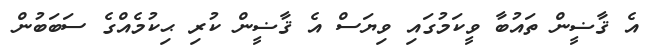
އެ ޤާޟީން ތައުބާ ވީކަމުގައި ވިޔަސް އެ ޤާޟީން ކުރި ޙިކުމެއްގެ ސަބަބުން